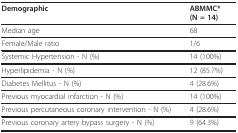
<table><thead><tr><td><b>Demographic</b></td><td><b>ABMMC*(N = 14)</b></td></tr></thead><tbody><tr><td>Median age</td><td>68</td></tr><tr><td>Female/Male ratio</td><td>1/6</td></tr><tr><td>Systemic Hypertension - N (%)</td><td>14 (100%)</td></tr><tr><td>Hyperlipidemia - N (%)</td><td>12 (85.7%)</td></tr><tr><td>Diabetes Mellitus - N (%)</td><td>4 (28.6%)</td></tr><tr><td>Previous myocardial infarction - N (%)</td><td>14 (100%)</td></tr><tr><td>Previous percutaneous coronary intervention - N (%)</td><td>4 (28.6%)</td></tr><tr><td>Previous coronary artery bypass surgery - N (%)</td><td>9 (64.3%)</td></tr></tbody></table>